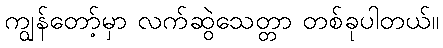
ကျွန်တော့်မှာ လက်ဆွဲသေတ္တာ တစ်ခုပါတယ်။